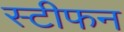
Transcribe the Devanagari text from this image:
स्टीफन